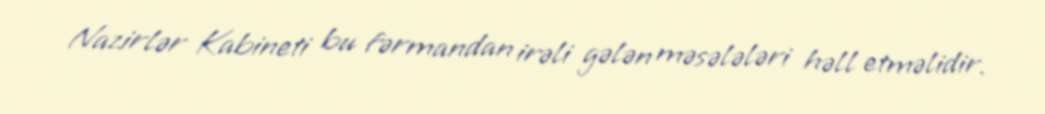
Nazirlər Kabineti bu fərmandan irəli gələn məsələləri həll etməlidir.